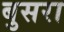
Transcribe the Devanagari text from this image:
बुसरा